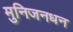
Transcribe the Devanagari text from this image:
मुनिजनधन